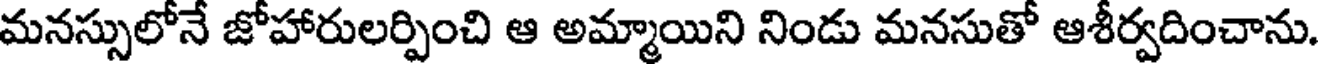
మనస్సులోనే జోహారులర్పించి ఆ అమ్మాయిని నిండు మనసుతో ఆశీర్వదించాను.